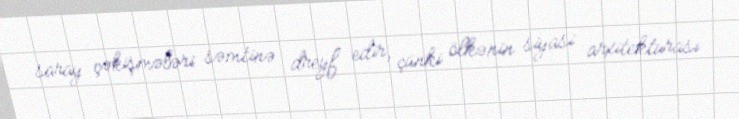
saray çəkişmələri səmtinə dreyf edir, çünki ölkənin siyasi arxitekturası